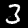
Label: 3